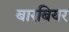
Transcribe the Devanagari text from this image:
बारबियर